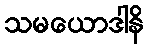
သမယောဒါနိ